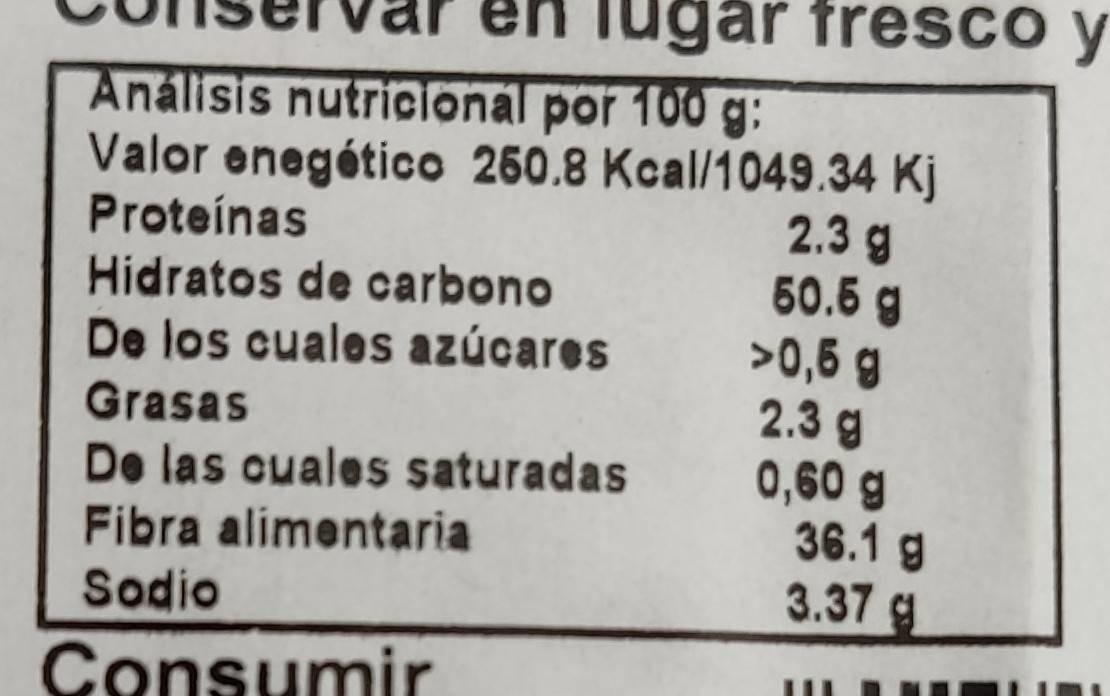
en lugar fresco y
Análisis nutricional por 100 g: Valor enegético 260.8 Kcal/1049.34 Kj 2.3 g 60.6 g >0,6 g 2.3 g 0,60 g 36.1 g 3.37 g
Proteínas
Hidratos de carbono
De los cuales azúcares
Grasas
De las cuales saturadas
Fibra alimentaria
Sodio
Consumir